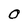
Character: O